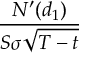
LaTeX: \frac { N ^ { \prime } ( d _ { 1 } ) } { S \sigma { \sqrt { T - t } } }